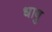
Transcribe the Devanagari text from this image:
धावु